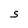
Character: S